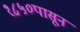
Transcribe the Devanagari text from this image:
१८५०पासून